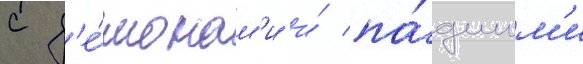
с д'е́монам'и и́ па́дшим'и